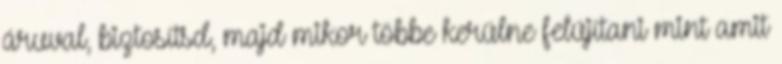
áruval, biztosítsd, majd mikor többe kerülne felújítani mint amit